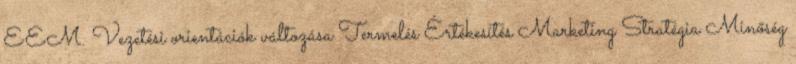
EEM. Vezetési orientációk változása Termelés Értékesítés Marketing Stratégia Minőség